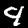
Digit: 4